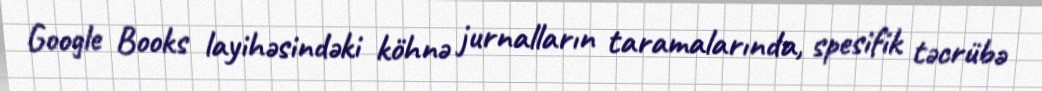
Google Books layihəsindəki köhnə jurnalların taramalarında, spesifik təcrübə